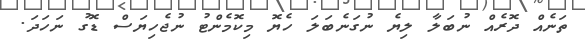
ތަނެއް ދޮރެއް ނުބަލާ ލިޔެ ނުގަނެބަލަ ހެޔޮ މިކޮމެންޓު ނުޖެހިޔަސް ޑޮގު ނަހަދަ.